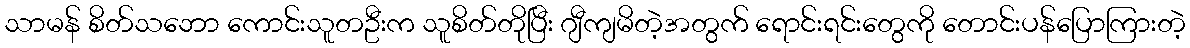
သာမန် စိတ်သဘော ကောင်းသူတဦးက သူစိတ်တိုပြီး ဂျီကျမိတဲ့အတွက် ရောင်းရင်းတွေကို တောင်းပန်ပြောကြားတဲ့